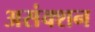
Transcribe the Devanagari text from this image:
असंक्शन